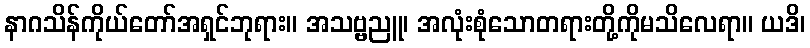
နာဂသိန်ကိုယ်တော်အရှင်ဘုရား။ အသဗ္ဗညူ၊ အလုံးစုံသောတရားတို့ကိုမသိလေရာ။ ယဒိ၊